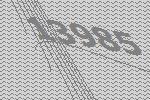
13985